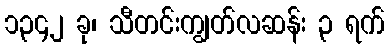
၁၃၄၂ ခု၊ သီတင်းကျွတ်လဆန်း ၃ ရက်